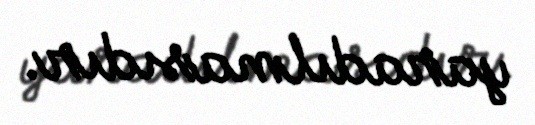
yaradılmasıdır.